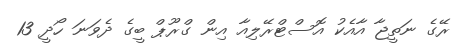
ރޭގެ ނަތީޖާ އާއެކު އޮސްޓްރޭލިއާ އިން ގްރޫޕް ބީގެ ދެވަނަ ހޯދީ 13